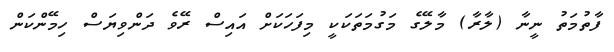
ފާތުމަތު ނީނާ (ލާރާ) މާލޭގެ މަގުމަތަކަކީ މިފަހަކަށް އައިސް ރޭވެ ދަންވިޔަސް ހިމޭންކަން